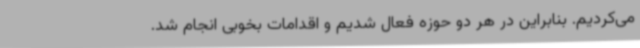
می‌کردیم. بنابراین در هر دو حوزه فعال شدیم و اقدامات بخوبی انجام شد.